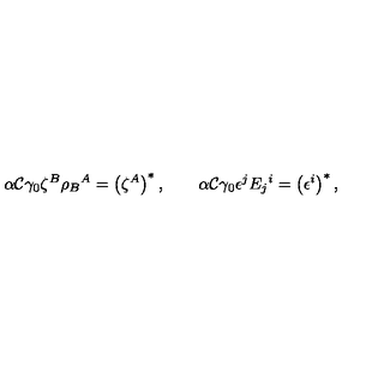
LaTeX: \alpha { \cal C } \gamma _ { 0 } \zeta ^ { B } \rho _ { B } { } ^ { A } = \left( \zeta ^ { A } \right) ^ { * } , \qquad \alpha { \cal C } \gamma _ { 0 } \epsilon ^ { j } E _ { j } { } ^ { i } = \left( \epsilon ^ { i } \right) ^ { * } ,